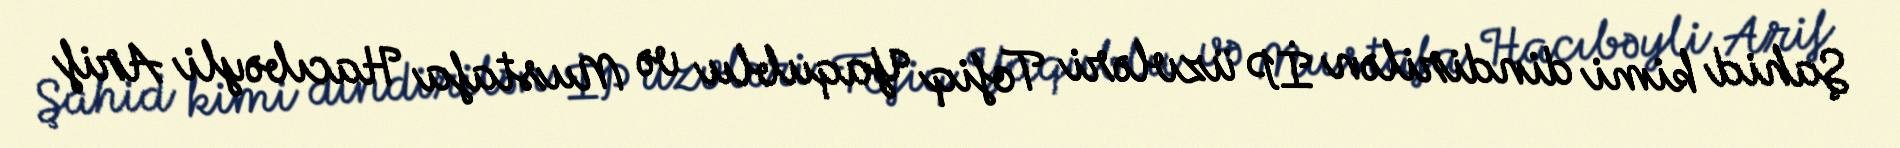
Şahid kimi dindirilən İP üzvləri Tofiq Yaqublu və Mustafa Hacıbəyli Arif